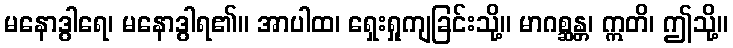
မနောဒွါရေ၊ မနောဒွါရ၏။ အာပါထ၊ ရှေးရှုကျခြင်းသို့။ မာဂစ္ဆန္တ၊ ဣတိ၊ ဤသို့။